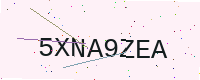
Text: 5XNA9ZEA